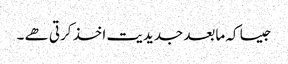
جیسا کہ مابعد جدیدیت اخذ کرتی ھے ۔